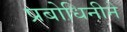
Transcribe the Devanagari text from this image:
प्रबोधिनीने